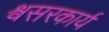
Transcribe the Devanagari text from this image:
श्वसरकार्य